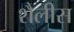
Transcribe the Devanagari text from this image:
शैलीस